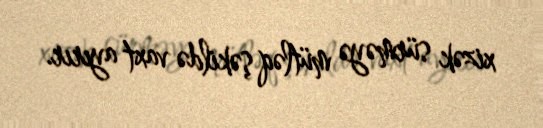
xizək sürməyə mütləq şəkildə vaxt ayırır.